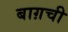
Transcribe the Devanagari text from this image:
बाग़ची